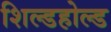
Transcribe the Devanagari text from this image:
शिल्डहोल्ड